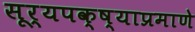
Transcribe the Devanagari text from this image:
सूर्यपक्ष्याप्रमाणे